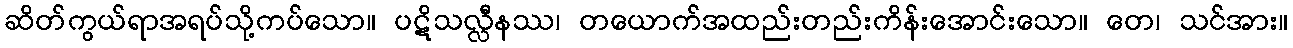
ဆိတ်ကွယ်ရာအရပ်သို့ကပ်သော။ ပဋိသလ္လီနဿ၊ တယောက်အထည်းတည်းကိန်းအောင်းသော။ တေ၊ သင်အား။